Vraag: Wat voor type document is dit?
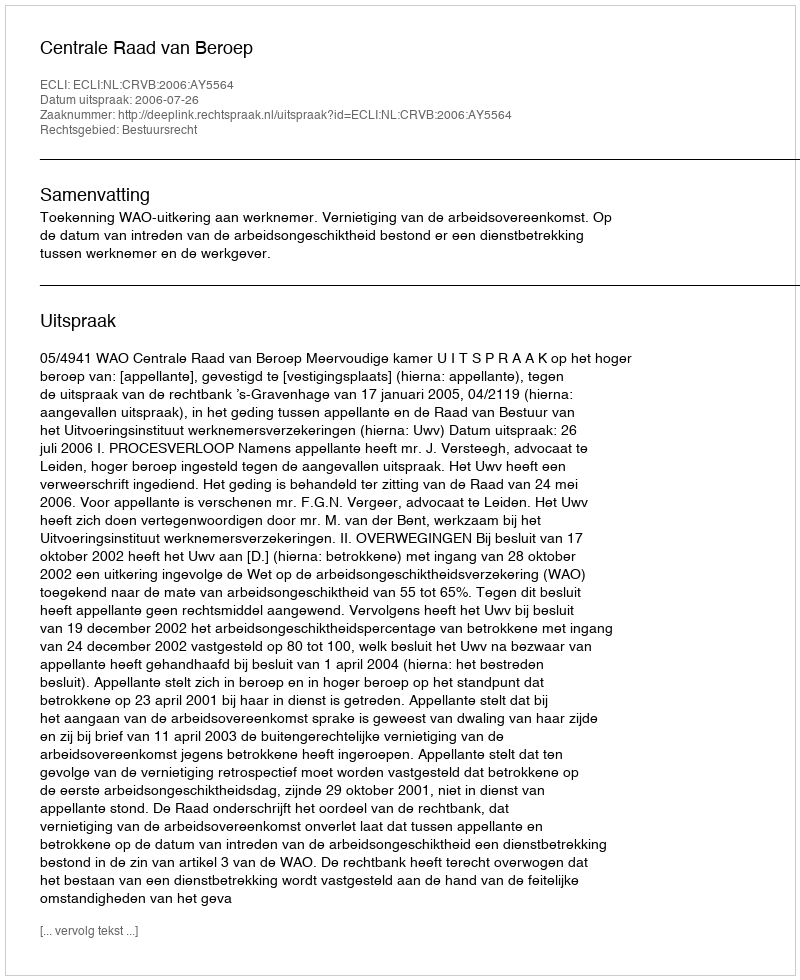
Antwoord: Uitspraak